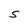
Character: S